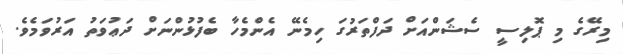
މިރޭގެ މި ޕޮލިސީ ސެޝަންއަށް ދަފްތަރުގަ ހިމެނޭ އެންމެހާ ބެފުޅުންނަށް ދަޢުވަތު އަރުވަމެވެ.